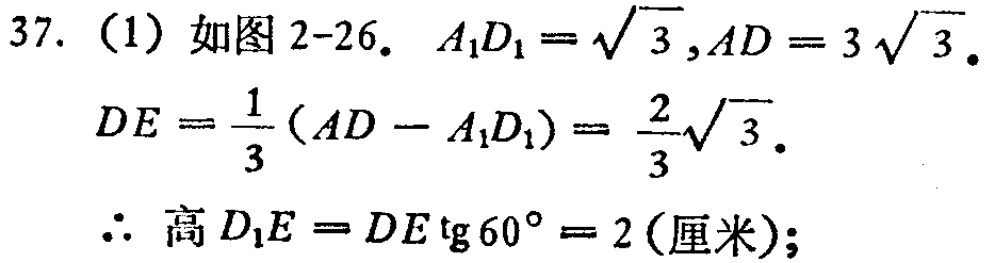
37. （1）如图 2-26. \(A_{1}D_{1}=\sqrt{3},AD = 3\sqrt{3}\).

\(DE=\frac{1}{3}(AD - A_{1}D_{1})=\frac{2}{3}\sqrt{3}\).

\(\therefore\) 高 \(D_{1}E = DE\operatorname{tg}60^{\circ}=2(\text{厘米})\);